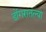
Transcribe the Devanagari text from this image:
डोंगरातल्या